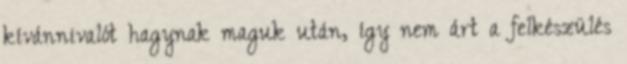
kívánnivalót hagynak maguk után, így nem árt a felkészülés